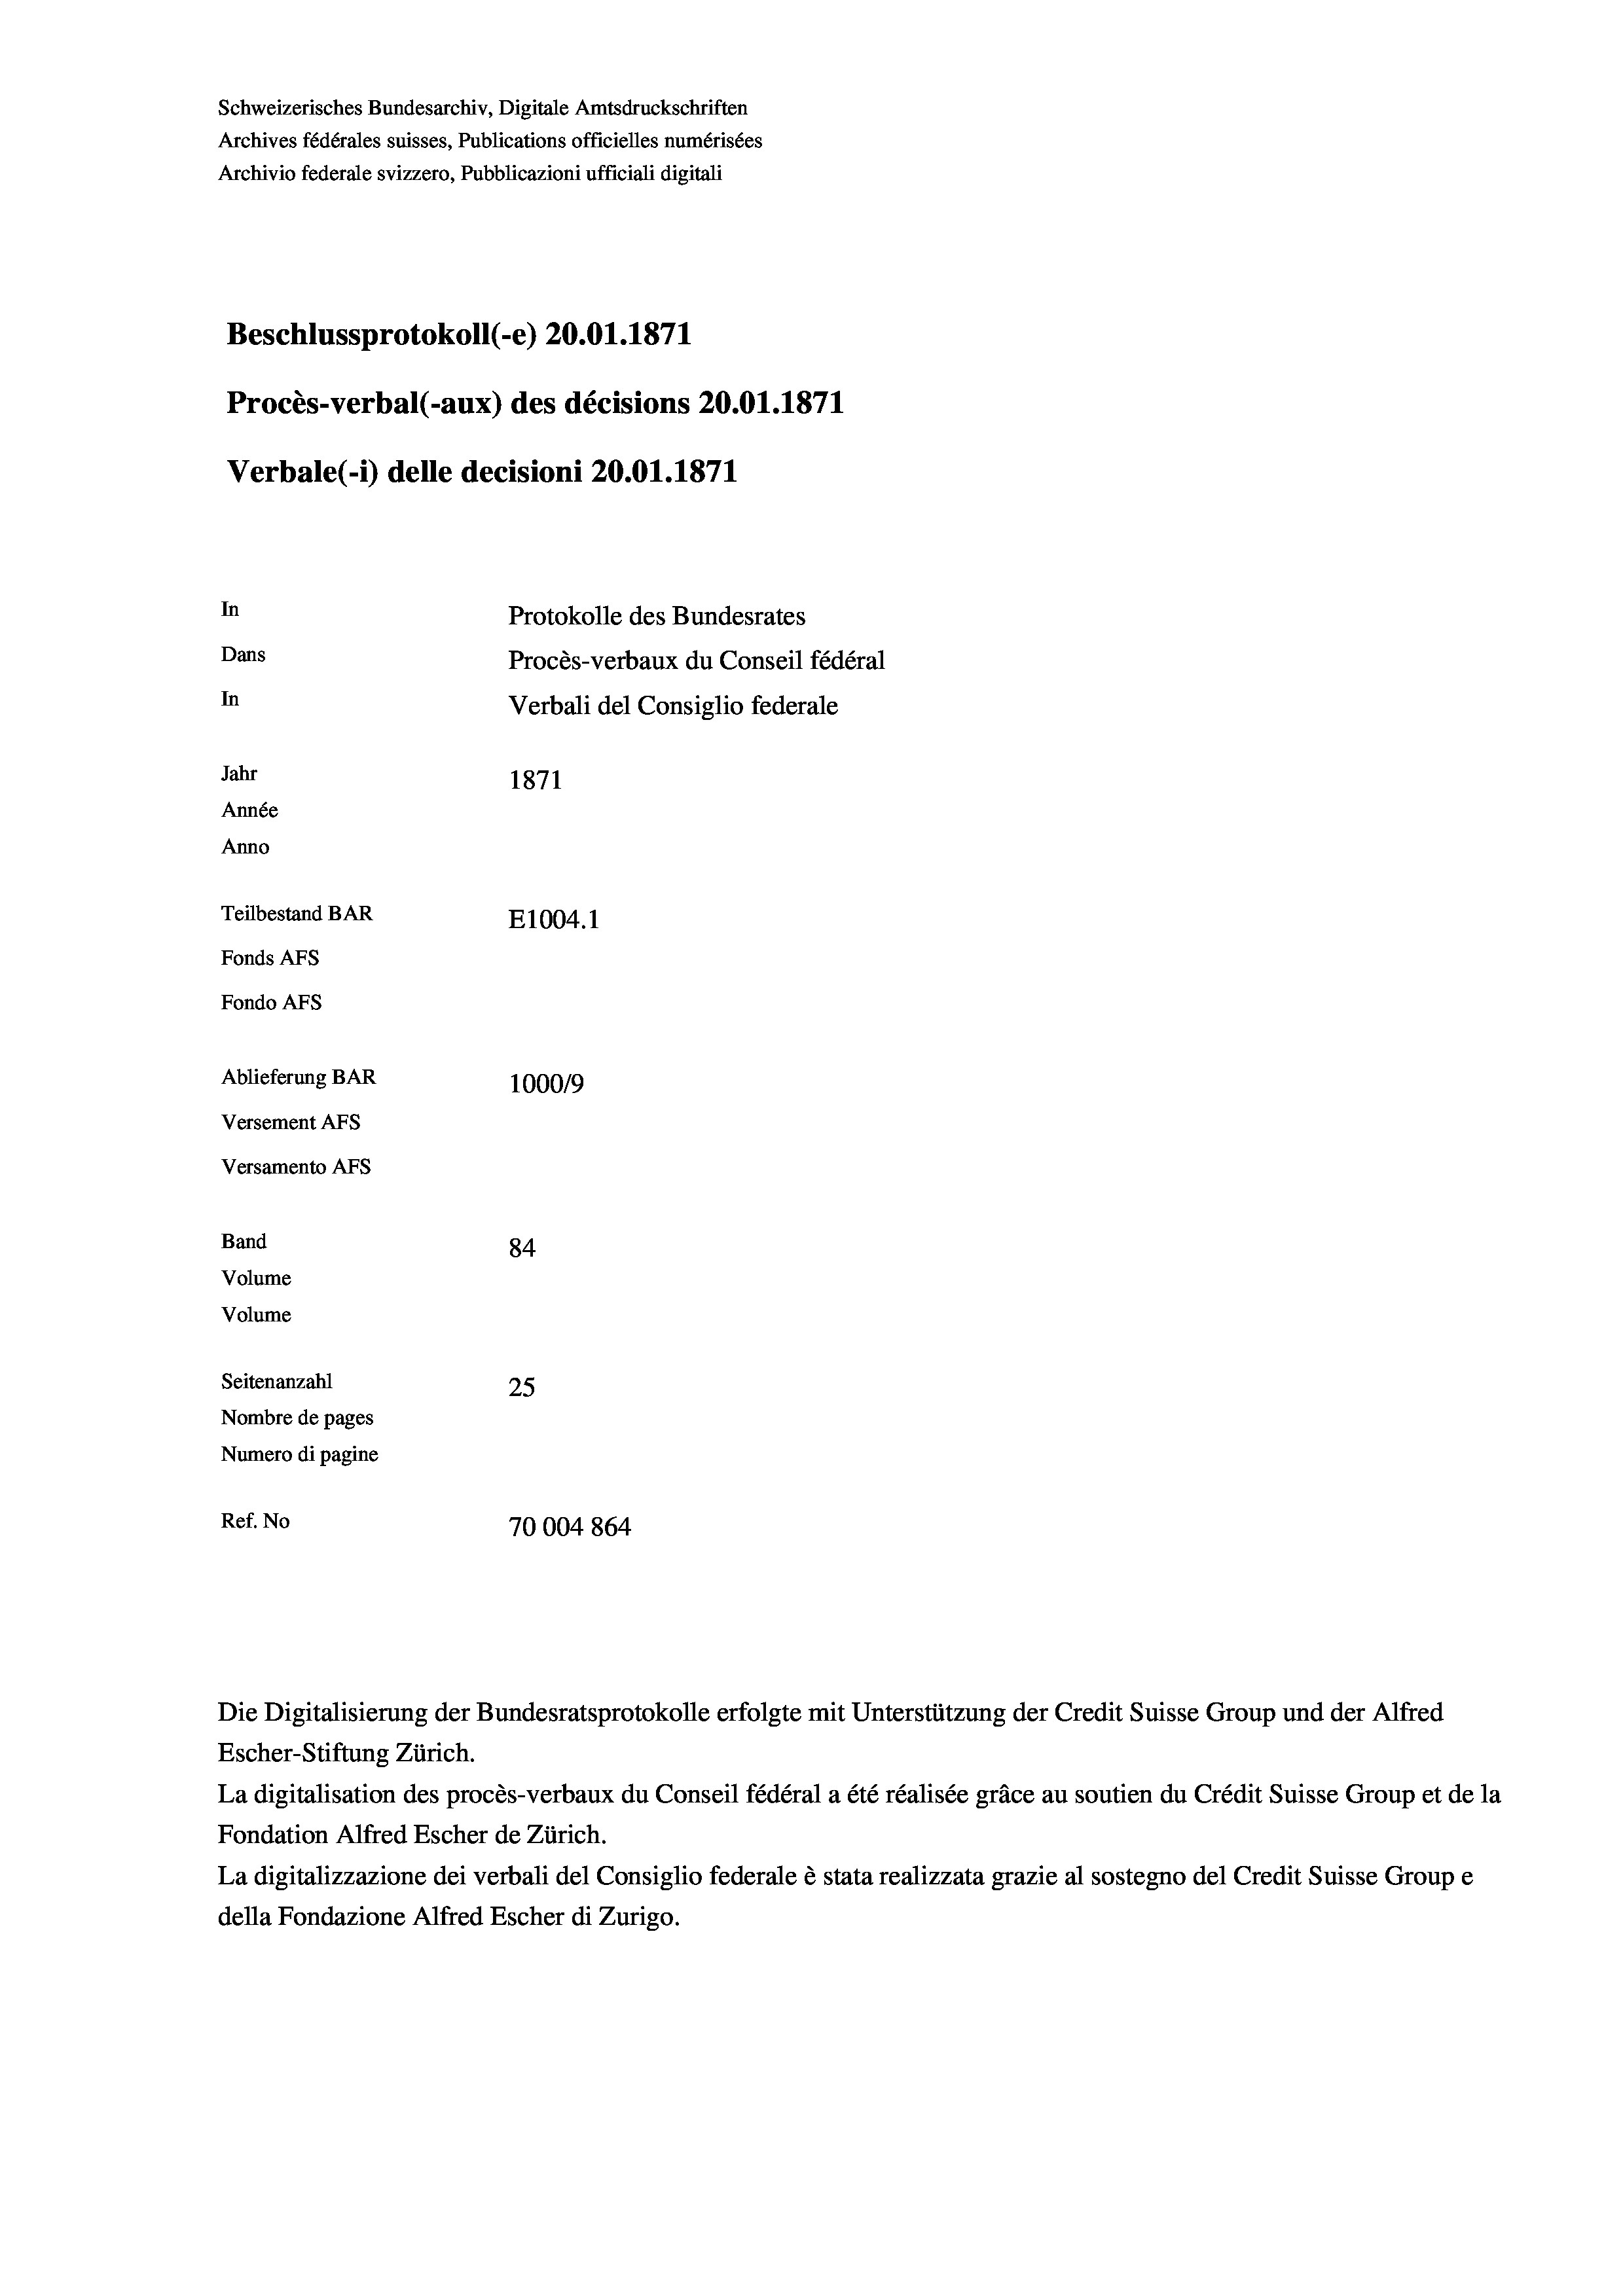
Schweizerisches Bundesarchiv, Digitale Amtsdruckschriften
Archives fédérales suisses, Publications officielles numérisées
Archivio federale svizzero, Pubblicazioni ufficiali digitali
Beschlussprotokoll (-e) 20.01. 1871
Procès-verbal (-aux) des décisions 20.01. 1871
Verbale (- 1) delle decisioni 20.01. 1871
In
Protokolle des Bundesrates
Dans
Procès-verbaux du Conseil fédéral
In
Verbali del Consiglio federale
Jahr
1871
Année
Anno
Teilbestand BAR
E1004.1
Fonds AFs
Fondo AFs
Ablieferung BAR
100019
Versement Abs
Versamento AFs
Band
84
Volume
Volume
Seitenanzahl
25

Nombre de pages
Numero di pagine
Ref. No
70004 864

Escher-Stiftung Zürich.
La digitalisation des procès-verbaux du Conseil fédéral a été réalisée gräce au soutien du Crédit Suisse Group et de la
Fondation Alfred Escher de Zürich.
La digitalizzazione dei verbali del Consiglio federale è stata realizzata grazie al sostegno del Credit Suisse Groupe
della Fondazione Alfred Escher di Zurigo.

Die Digitalisierung der Bundesratsprotokolle erfolgte mit Unterstützung der Credit Suisse Group und der Alfred